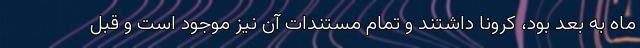
ماه به بعد بود، کرونا داشتند و تمام مستندات آن نیز موجود است و قبل